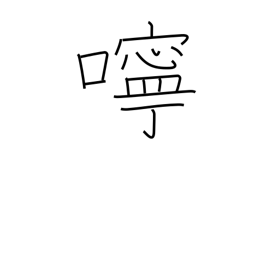
Meaning: kindness